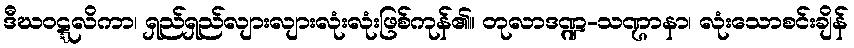
ဒီဃဝဋ္ဋလိကာ၊ ရှည်ရှည်လျားလျားလုံးလုံးဖြစ်ကုန်၏။ တုလာဒဏ္ဍ-သဏ္ဌာနာ၊ လုံးသောစင်းချိန်